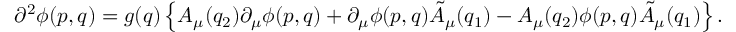
\partial ^ { 2 } \phi ( p , q ) = g ( q ) \left\{ A _ { \mu } ( q _ { 2 } ) \partial _ { \mu } \phi ( p , q ) + \partial _ { \mu } \phi ( p , q ) \tilde { A } _ { \mu } ( q _ { 1 } ) - A _ { \mu } ( q _ { 2 } ) \phi ( p , q ) \tilde { A } _ { \mu } ( q _ { 1 } ) \right\} .